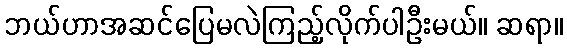
ဘယ်ဟာအဆင်ပြေမလဲကြည့်လိုက်ပါဦးမယ်။ ဆရာ။